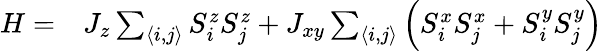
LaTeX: \begin{array}{rl}{H=}&{{}J_{z}\sum_{\langle i,j\rangle}S_{i}^{z}S_{j}^{z}+J_{xy}\sum_{\langle i,j\rangle}\left(S_{i}^{x}S_{j}^{x}+S_{i}^{y}S_{j}^{y}\right)}\end{array}